Elephants and their diseases
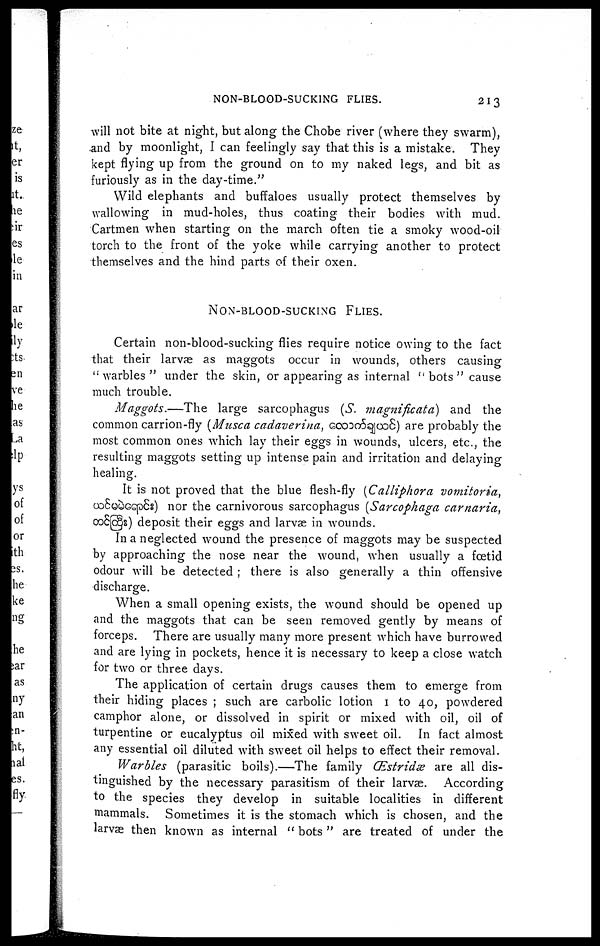
NON-BLOOD-SUCKING FLIES.
213
will not bite at night, but along the Chobe river (where they swarm),
and by moonlight, I can feelingly say that this is a mistake. They
kept flying up from the ground on to my naked legs, and bit as
furiously as in the day-time."
Wild elephants and buffaloes usually protect themselves by
wallowing in mud-holes, thus coating their bodies with mud.
Cartmen when starting on the march often tie a smoky wood-oil
torch to the front of the yoke while carrying another to protect
themselves and the hind parts of their oxen.
NON-BLOOD-SUCKING FLIES.
Certain non-blood-sucking flies require notice owing to the fact
that their larvae as maggots occur in wounds, others causing
''warbles" under the skin, or appearing as internal "bots" cause
much trouble.
Maggots.—The
large sarcophagus (S. magnificata) and the
common carrion-fly (Musca cadaverina,
) are probably the
most common ones which lay their eggs in wounds, ulcers, etc., the
resulting maggots setting up intense pain and irritation and delaying
healing.
It is not proved that the blue flesh-fly (Calliphora votmitoria,
) nor the carnivorous sarcophagus (Sarcophaga carnaria,
) deposit their eggs and larvae in wounds.
In a neglected wound the presence of maggots may be suspected
by approaching the nose near the wound, when usually a foetid
odour will be detected ; there is also generally a thin offensive
discharge.
When a small opening exists, the wound should be opened up
and the maggots that can be seen removed gently by means of
forceps. There are usually many more present which have burrowed
and are lying in pockets, hence it is necessary to keep a close watch
for two or three days.
The application of certain drugs causes them to emerge from
their hiding places ; such are carbolic lotion 1 to 40, powdered
camphor alone, or dissolved in spirit or mixed with oil, oil of
turpentine or eucalyptus oil mixed with sweet oil. In fact almost
any essential oil diluted with sweet oil helps to effect their removal.
Warbles (parasitic boils).—The family (Estridæ are all dis-
tinguished by the necessary parasitism of their larvae. According
to the species they develop in suitable localities in different
mammals. Sometimes it is the stomach which is chosen, and the
larvae then known as internal " bots " are treated of under the